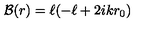
{ \cal B } ( r ) = \ell ( - \ell + 2 i k r _ { 0 } )